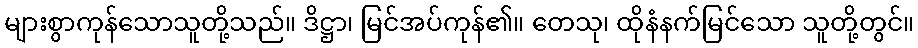
များစွာကုန်သောသူတို့သည်။ ဒိဋ္ဌာ၊ မြင်အပ်ကုန်၏။ တေသု၊ ထိုနံနက်မြင်သော သူတို့တွင်။